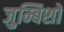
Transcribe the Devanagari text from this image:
जुम्बिशों